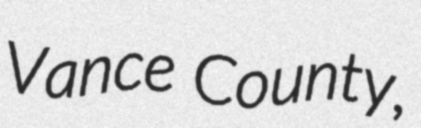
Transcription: Vance County,